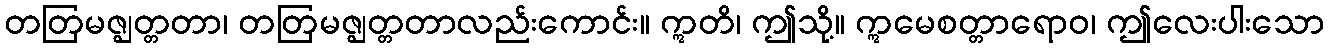
တတြမဇ္ဈတ္တတာ၊ တတြမဇ္ဈတ္တတာလည်းကောင်း။ ဣတိ၊ ဤသို့။ ဣမေစတ္တာရောဝ၊ ဤလေးပါးသော